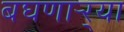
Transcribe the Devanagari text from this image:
बघणाऱ्र्‍या